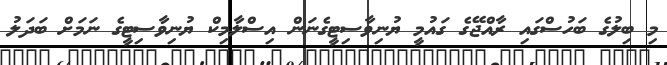
މި ބިލުގެ ބަހުސްގައި ރާއްޖޭގެ ގައުމީ ޔުނިވާސިޓީގެނަން އިސްލާމިކް ޔުނިވާސިޓީގެ ނަމަށް ބަދަލު